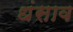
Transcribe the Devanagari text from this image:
धंसाव